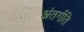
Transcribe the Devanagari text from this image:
अंतर्गति